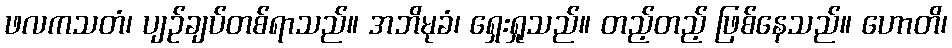
ဖလကသတံ၊ ပျဉ်ချပ်တစ်ရာသည်။ အဘိမုခံ၊ ရှေးရှုသည်။ တည့်တည့် ဖြစ်နေသည်။ ဟောတိ၊